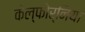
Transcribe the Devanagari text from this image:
केल्फोर्निया